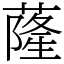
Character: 蕯